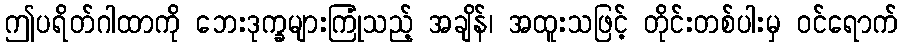
ဤပရိတ်ဂါထာကို ဘေးဒုက္ခများကြုံသည့် အချိန်၊ အထူးသဖြင့် တိုင်းတစ်ပါးမှ ဝင်ရောက်